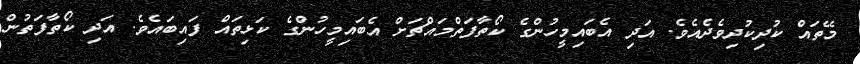
މޭތައް ކުދިކުދިވެދެއެވެ. އަދި އެބައިމީހުންގެ ކޯތާފަތްމައްޗަށް އެބައިމީހުންގެ ކަޅިތައް ފައިބައެވެ. އަދި ކޯތާފަތުން